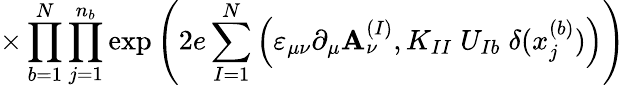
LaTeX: \times\prod_{b=1}^{N}\prod_{j=1}^{n_{b}}\exp\left(2e\sum_{I=1}^{N}\Big(\varepsilon_{\mu\nu}\partial_{\mu}\mathbf{A}_{\nu}^{(I)},K_{II}\; U_{Ib}\; \delta(x_{j}^{(b)})\Big)\right)